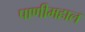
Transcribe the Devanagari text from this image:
पाणीमहाल